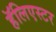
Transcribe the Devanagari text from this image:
हॅलिएस्टर